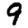
Digit: 9